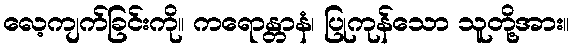
လေ့ကျက်ခြင်းကို။ ကရောန္တာနံ၊ ပြုကုန်သော သူတို့အား။